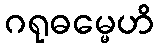
ဂရုဓမ္မေဟိ